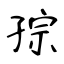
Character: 孮